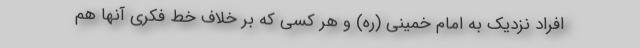
افراد نزدیک به امام خمینی (ره) و هر کسی که بر خلاف خط فکری آنها هم